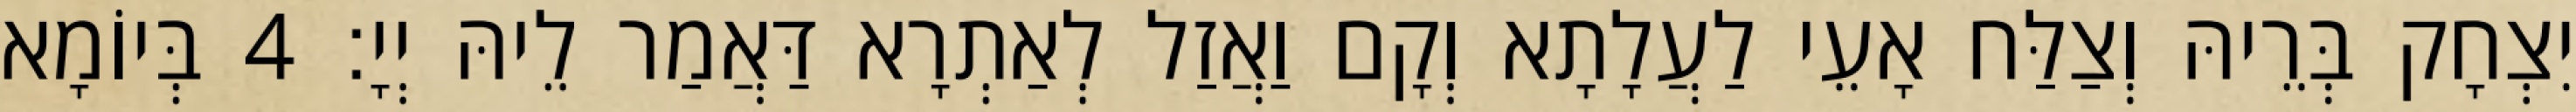
יִצְחָק בְּרֵיהּ וְצַלַּח אָעֵי לַעֲלָתָא וְקָם וַאֲזַל לְאַתְרָא דַּאֲמַר לֵיהּ יְיָ׃ 4 בְּיוֹמָא